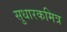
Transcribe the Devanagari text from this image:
सुधारकमित्र